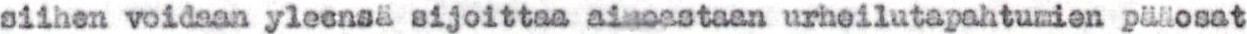
siihen voidaan yleensä sijoittaa ainoastaan urheilutapahtumien pääosat